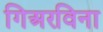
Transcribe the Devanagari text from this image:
गिअरविना